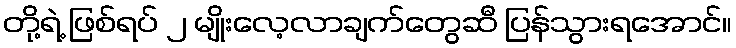
တို့ရဲ့ ဖြစ်ရပ် ၂ မျိုးလေ့လာချက်တွေဆီ ပြန်သွားရအောင်။